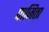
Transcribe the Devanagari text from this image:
पाजिता